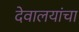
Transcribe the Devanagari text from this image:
देवालयांचा